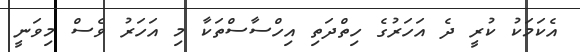
އެކަމަކު ކުރީ ދެ އަހަރުގެ ހިތްދަތި އިހްސާސްތަކާ މި އަަހަރު ވެސް މިވަނީ